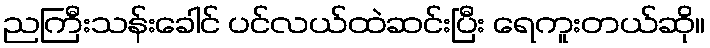
ညကြီးသန်းခေါင် ပင်လယ်ထဲဆင်းပြီး ရေကူးတယ်ဆို။